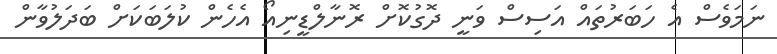
ނަމަވެސް އެ ހަބަރުތައް އަސިސް ވަނީ ދޮގުކޮށް ރޮނާލްޑީނިއޯ އެހެން ކުލަބަކަށް ބަދަލުވާން